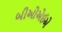
બીઓએઈએ